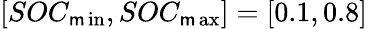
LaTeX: [SOC_{\operatorname*{\mathsf{m}in}},SOC_{\operatorname*{\mathsf{m}ax}}]=[0.1,0.8]